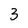
Character: 3